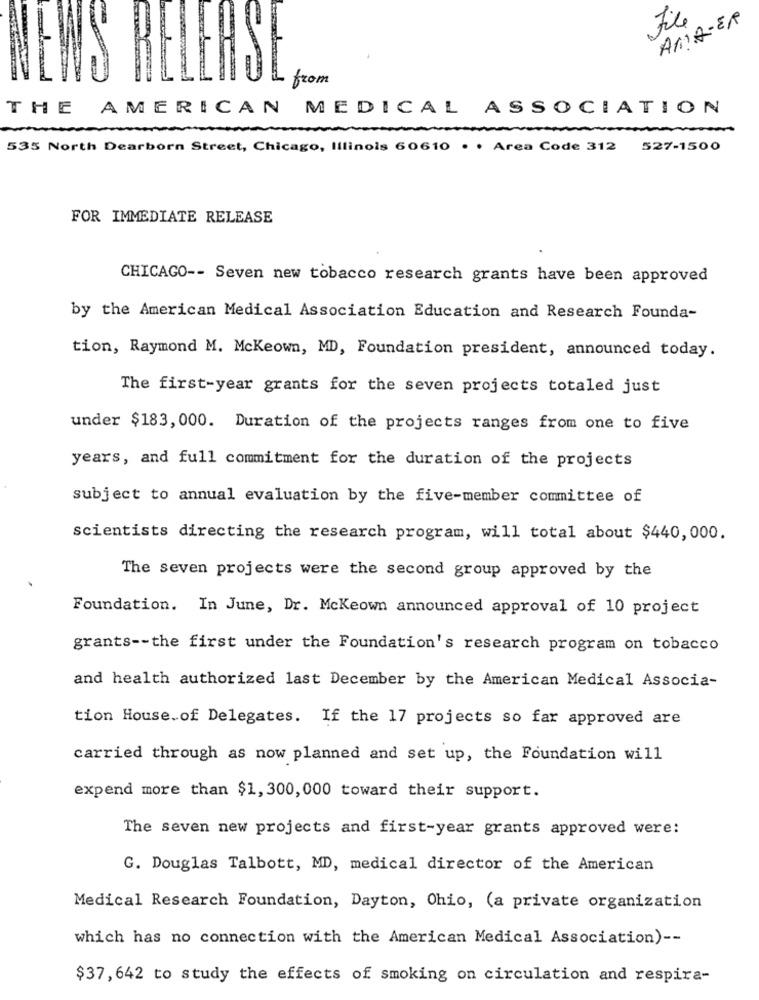
Fil
AMA-ER
NEWS
from
THE
AMERICAN MEDICAL ASSOCIATION
535 North Dearborn Street, Chicago, Illinois 60610 . . Area Code 312
527-1500
FOR IMMEDIATE RELEASE
CHICAGO -- Seven new tobacco research grants have been approved
by the American Medical Association Education and Research Founda-
tion, Raymond M. Mckeown, MD, Foundation president, announced today.
The first-year grants for the seven projects totaled just
under $183, 000. Duration of the projects ranges from one to five
years, and full commitment for the duration of the projects
subject to annual evaluation by the five-member committee of
scientists directing the research program, will total about $440, 000.
The seven projects were the second group approved by the
Foundation. In June, Dr. Mckeown announced approval of 10 project
grants -- the first under the Foundation's research program on tobacco
and health authorized last December by the American Medical Associa-
tion House.of Delegates. If the 17 projects so far approved are
carried through as now planned and set up, the Foundation will
expend more than $1, 300, 000 toward their support.
The seven new projects and first-year grants approved were:
G. Douglas Talbott, MD, medical director of the American
Medical Research Foundation, Dayton, Ohio, (a private organization
which has no connection with the American Medical Association) --
$37, 642 to study the effects of smoking on circulation and respira-